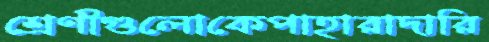
শ্রেণীগুলোকেপাহারাদারি